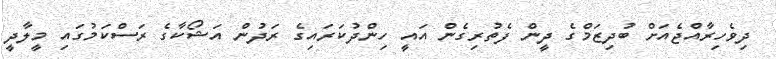
ދިވެހިރާއްޖެއަށް ބުދިޒަމްގެ ދީން ފެތުރިގެން އައީ ހިންދުކަރައިގެ ރަދުން އަޝޯކާގެ ރަސްކަމުގައި މީލާދީ